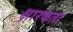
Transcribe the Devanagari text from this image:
क्षारकता